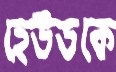
হেউডকে